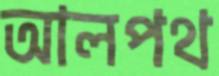
আলপথ